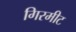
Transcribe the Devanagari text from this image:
गिरमीट